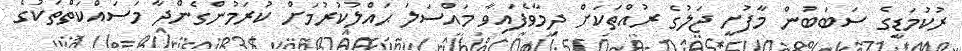
ރުކުމަޑީގެ ސަބަބުން މާފުށީ ޖަލުގެ ރުއްތަކަށް ދިމާވެފައިވާ މައްސަލަ ޙައްލުކުރުމަށް ކުރަމުންގެންދާ މަސައްކަތްތަކުގެ